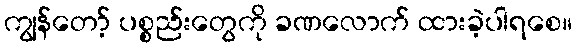
ကျွန်တော့် ပစ္စည်းတွေကို ခဏလောက် ထားခဲ့ပါရစေ။